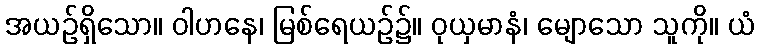
အယဉ်ရှိသော။ ဝါဟနေ၊ မြစ်ရေယဉ်၌။ ဝုယှမာနံ၊ မျောသော သူကို။ ယံ